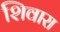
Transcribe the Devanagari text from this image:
शिवारा